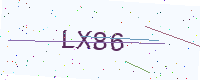
Text: LX86